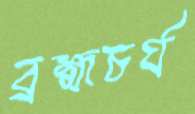
ব্রহ্মচর্য